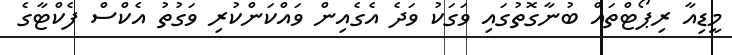
މީޑިއާ ރިޕޯޓްތައް ބުނާގޮތުގައި ވަގަކު ވަދެ އެގެއިން ވައްކަންކުރި ވަގުތު އެކްސް ފެކްޓާގެ